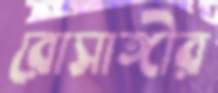
রোসাঙ্গীর